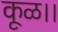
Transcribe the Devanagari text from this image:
कूळ।।